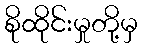
စိုထိုင်းမှုတို့မှ